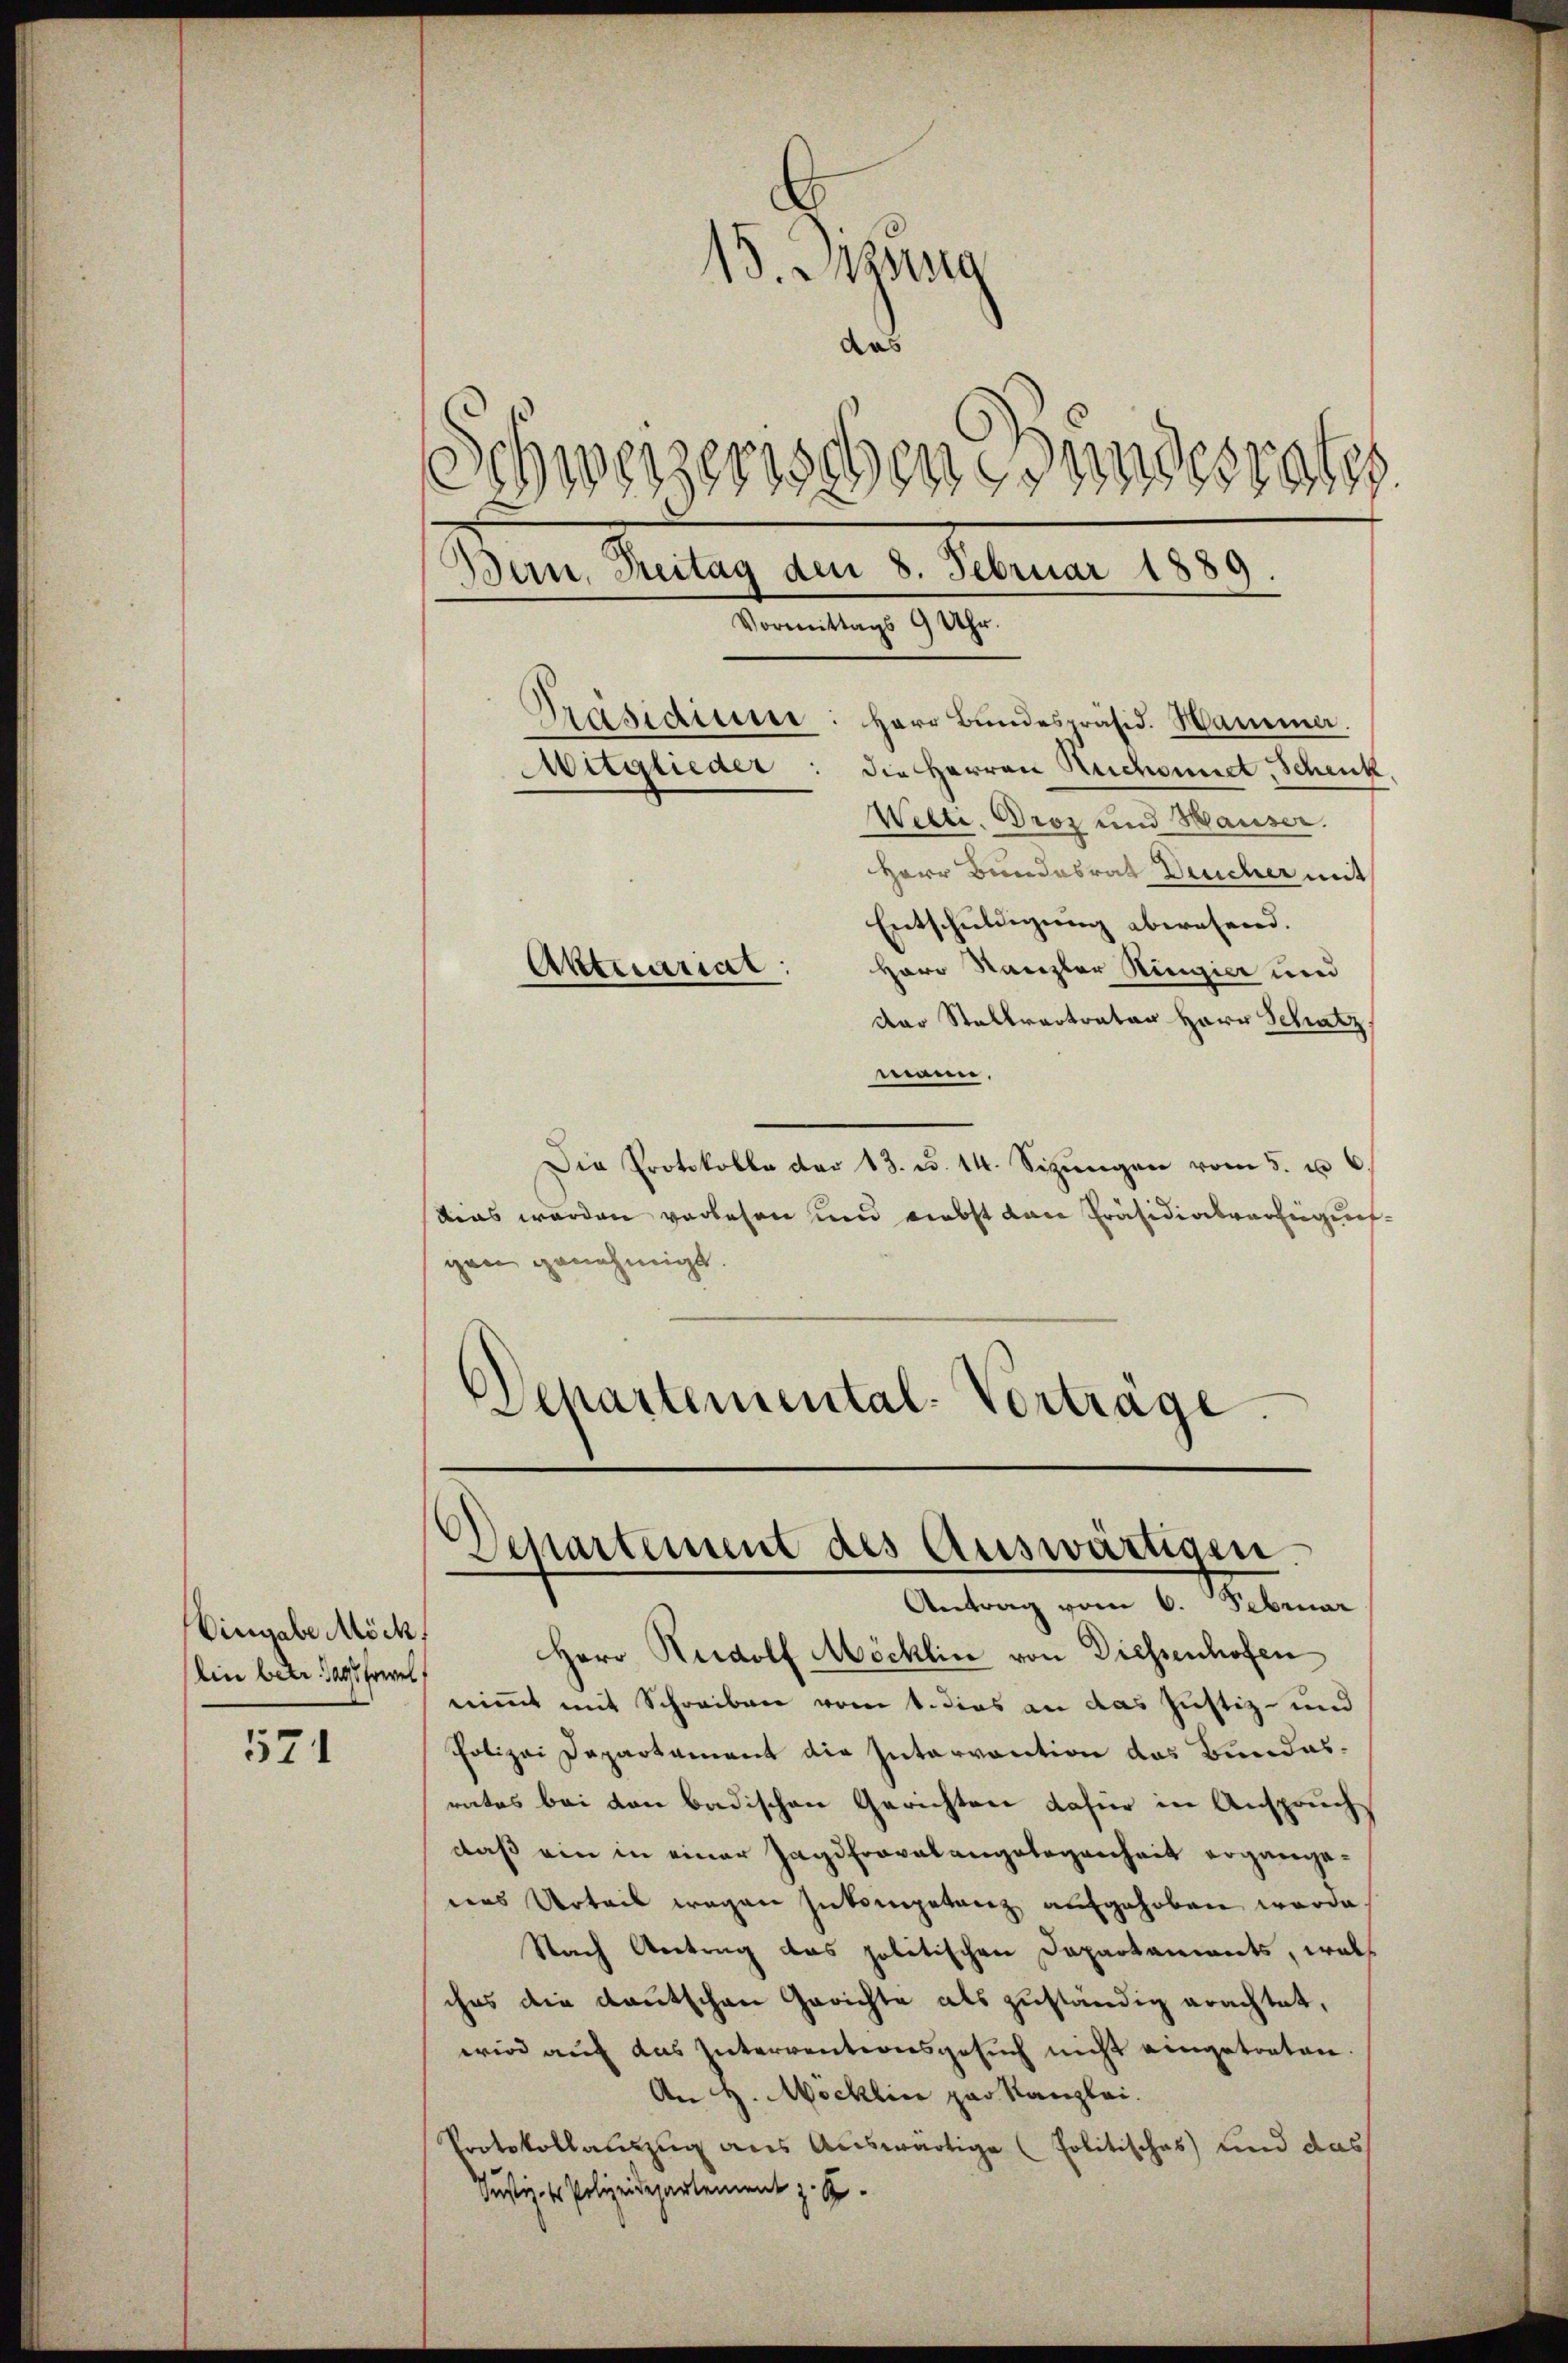
Eingabe Möck
lin betr. Tage Erwes

571

Vormittags 9 Uhr.
Präsidiuni: Herr Bundespräsid. Hammer.
Mitglieder: die Herren Ruchonnet, Schenk
Welti. Broz und Hauser.
Herr Bundesrat Deucher mit
Entschuldigung abwesend.
Aktuariat:
Herr Kanzler Ringier und
der Stellvertraten Herr Schatz
mann,
Die Protokolle der 13. d. 14. Sizŭngen vom 5. u 6
stias werden vorlesen und Liebst von Präsidialverfügung
gen genehmigt.
,
Wepartemental-Vortrage.

15. Dizung
1
das
Schweizerischen Bundesraths
Bern, Breitag den 8. Februar 1889.

Herr Rudolf Möcklin von Diessenhofen
nimmt mit Schreiben vom 1. dies an das Justiz- und
Polizei Departament die Intervention das Bundesrates bei den badischen Gerichten dafür in Anspruch
daß ein in einer Jagdfravatangelegenheit ergangedas Urteil wegen Inkompetenz aufgehoben worde
Nach Antrag das politischen Departaments, welch
ches die deutschen Gerichte als zuständig erachtet,
wird auf das Interventiersgesuch nicht eingetreten.
An H. Möcklin par Kanzlei.
Protokollauszug aus Auswärtige (Politisches und das
Justiz- u Polizeidepartement z. B.

Departement des Auswärtigen
Antrag vom 6. Februar